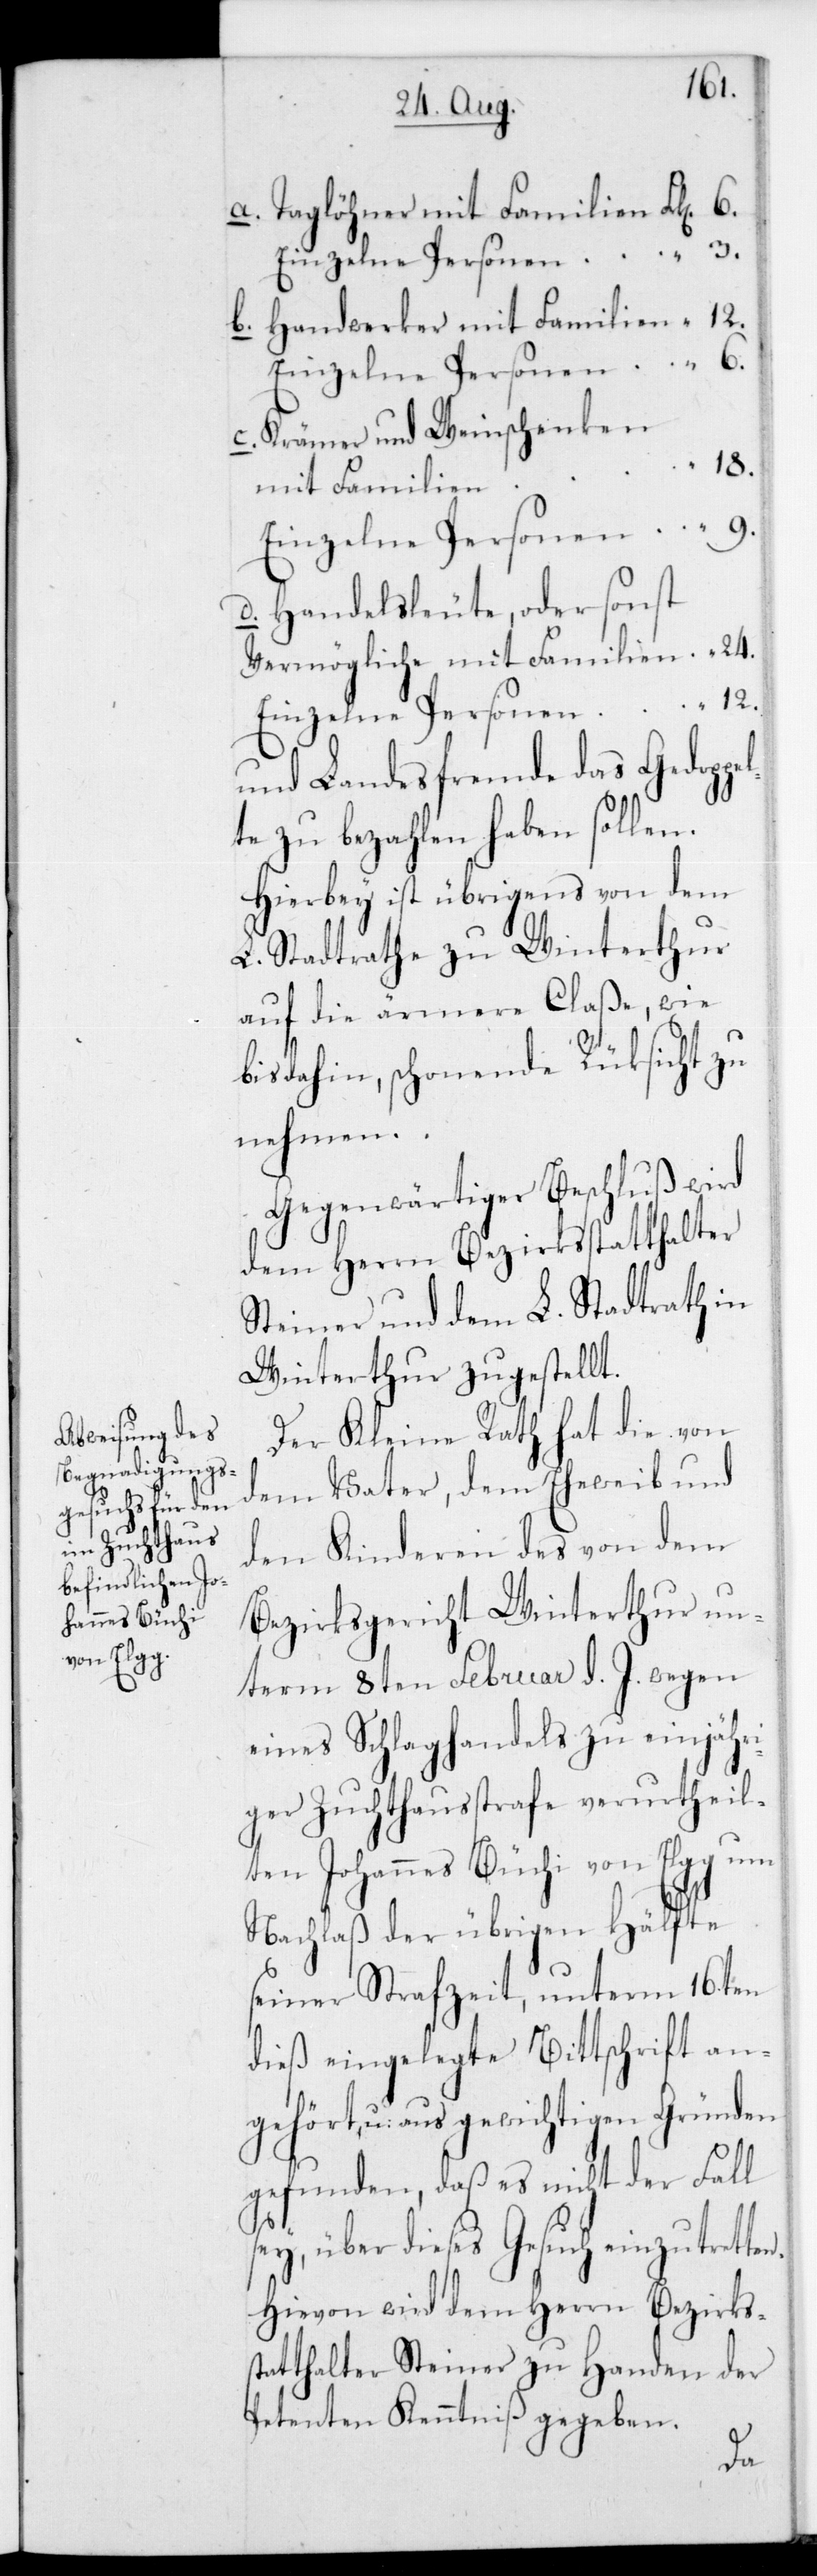
Krämer und Weinschenken
18.
pel¬
mit Familien
Einzelne Personen
Handelsleute, oder sonst
Vermögliche mit Familien
und Landesfremde das Gedop¬
te zu bezahlen haben sollen.
Hierbey ist übrigens von dem
L. Stadtrathe zu Winterthur
auf die ärmere Claße, wie
bis dahin, schonende Rücksicht zu
nehmen.
Gegenwärtiger Beschluß wird
dem Herrn Bezirksstatthalter
Steiner und dem L. Stadtrath in
Winterthur zugestellt.
Der Kleine Rath hat die von
dem Vater, dem Eheweib und
den Kinderen des von dem
Bezirksgericht Winterthur un¬
term 8ten Februar d. J. wegen
eines Schlaghandels zu einjähr¬
iger Zuchthausstrafe verurtheil¬
ten Johannes Büchi von Elgg um
Nachlaß der übrigen Hälfte
seiner Strafzeit, unterm 16ten
dieß eingelegte Bittschrift an¬
gehört, u. aus gewichtigen Gründen
gefunden, daß es nicht der Fall
sey, über dieses Gesuch einzutretten.
Hievon wird dem Herrn Bezirkss¬
tatthalter Steiner zu Handen der
Petenten Kenntniß gegeben.